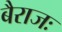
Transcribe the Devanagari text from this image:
बैराजः